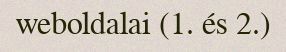
weboldalai (1. és 2.)